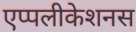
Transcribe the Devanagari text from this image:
एप्पलीकेशनस